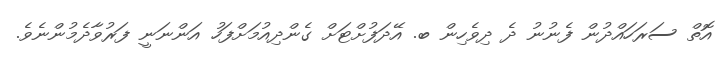
އޮތް ސަރަހައްދުން ފެނުނު ދެ ދިވެހިން ބ. އޭދަފުށްޓަށް ގެންދިއުމަށްފަހު އަންނަނީ ފަރުވާދެމުންނެވެ.